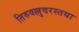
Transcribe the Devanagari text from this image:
तिरुवल्लुवरस्तथा